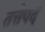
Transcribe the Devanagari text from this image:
तत्तेपद